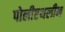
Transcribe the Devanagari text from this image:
पोलीएथलीन